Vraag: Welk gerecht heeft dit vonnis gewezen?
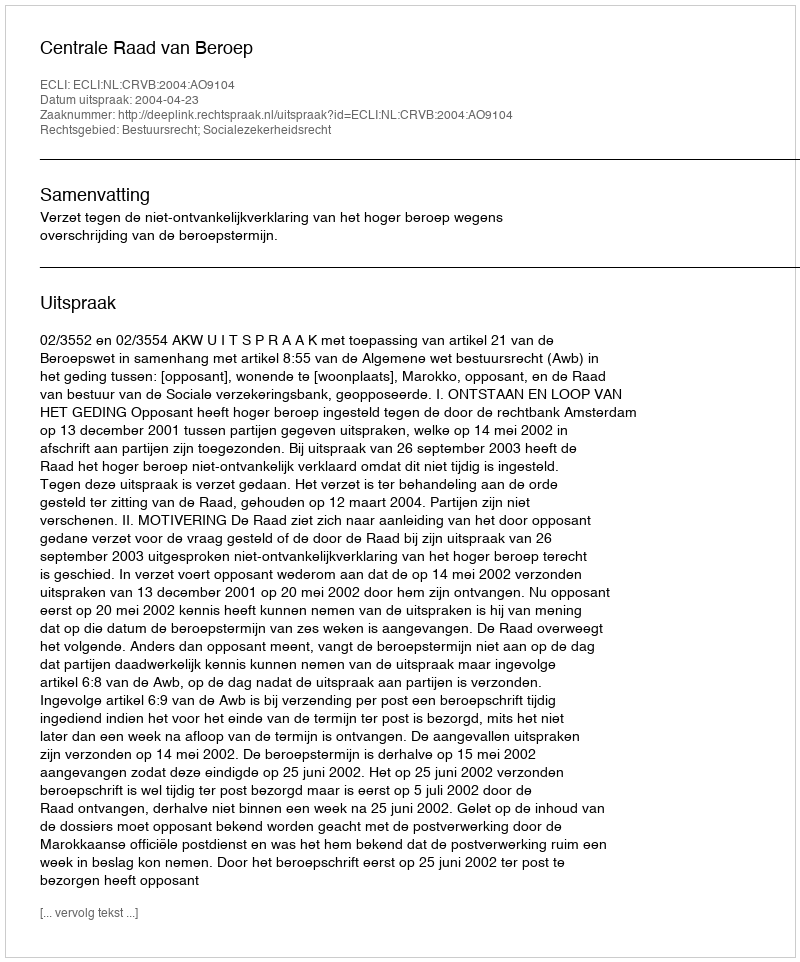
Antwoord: Centrale Raad van Beroep